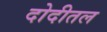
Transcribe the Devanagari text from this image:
दोदीतल